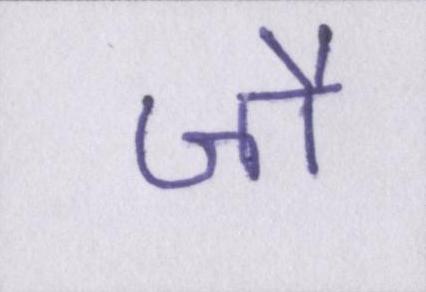
जौ